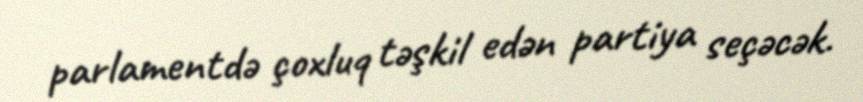
parlamentdə çoxluq təşkil edən partiya seçəcək.